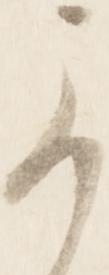
可